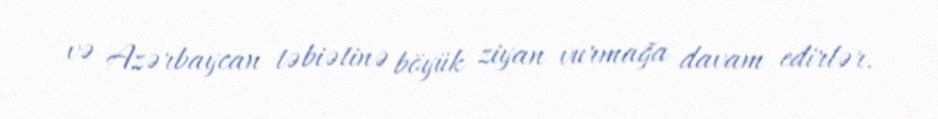
və Azərbaycan təbiətinə böyük ziyan vurmağa davam edirlər.